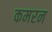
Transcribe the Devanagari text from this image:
कमरन